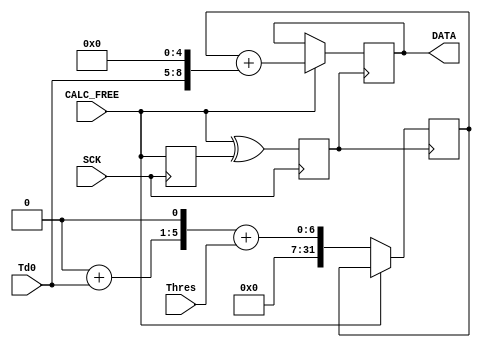
`timescale 1ns / 1ps
//////////////////////////////////////////////////////////////////////////////////
// Company: 
// Engineer: 
// 
// Design Name: 
// Module Name: Reg_Pack
// Project Name: 
// Target Devices: 
// Tool Versions: 
// Description: 
// 
// Dependencies: 
// 
// Revision:
// Revision 0.01 - File Created
// Additional Comments:
// 
//////////////////////////////////////////////////////////////////////////////////


module Reg_Pack(
input wire SCK,
input wire CALC_FREE,
input wire[0:0] Thres,
input wire[3:0] Td0,
//input wire[3:0] Td0,
//                Td1,
//                Td2,
//                Td3,
//                Td4,
//                Td5,
//input wire[6:0] Calc_Time_Cost,
//                dB_Ave_Output,
output wire[31:0] DATA
    );
    reg[31:0]Data,
            Datapre;
    reg[4:0] cnt,
             cnt1;
    reg [0:0] RD,RDD;
    reg [0:0] En_Reg_Pack;
    
    always@(posedge SCK)
    begin
    RDD = RD;
    RD = CALC_FREE;
    En_Reg_Pack = RD^RDD;
    end
always@(posedge En_Reg_Pack)
begin
    if(!CALC_FREE)
        begin
        Datapre=32'b0;
        Datapre=Datapre+Td0;
        Datapre=(Datapre<<1)+Thres;
        end
    else
        begin
        Data=32'b0;
        Data=Td0;
        Data=Datapre+(Data<<5);
        end

end
assign DATA=Data;
endmodule